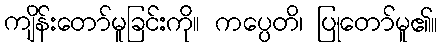
ကျိန်းတော်မူခြင်းကို။ ကပ္ပေတိ၊ ပြုတော်မူ၏။